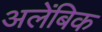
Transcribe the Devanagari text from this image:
अलेंबिक